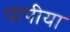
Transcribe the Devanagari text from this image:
पापीया